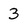
Character: 3